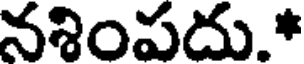
నశింపదు.*